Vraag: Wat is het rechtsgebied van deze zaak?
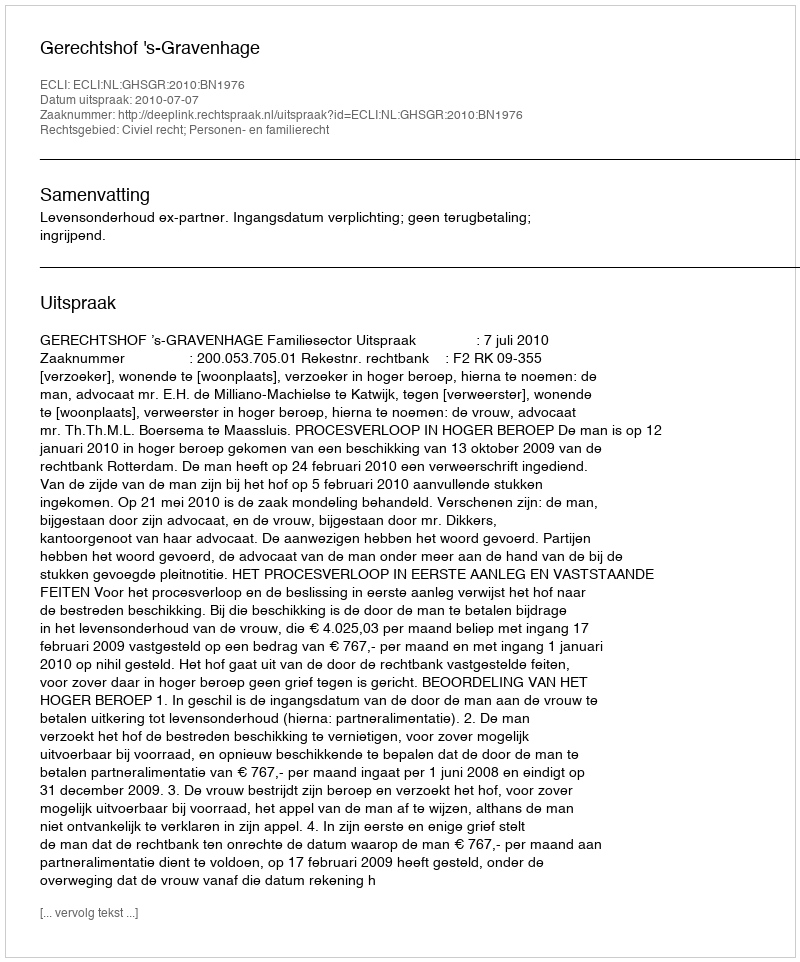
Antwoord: Civiel recht; Personen- en familierecht